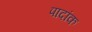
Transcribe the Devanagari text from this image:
पादांक